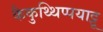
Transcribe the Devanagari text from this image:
कैकुथ्थिप्पयाट्टू